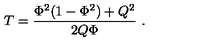
T = { \frac { \Phi ^ { 2 } ( 1 - \Phi ^ { 2 } ) + Q ^ { 2 } } { 2 Q \Phi } } \ .